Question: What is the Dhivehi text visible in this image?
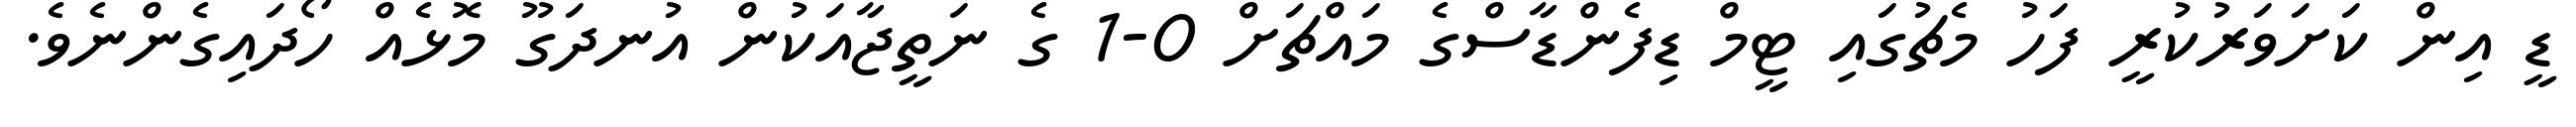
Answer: ޑީ އިން ކަށަވަރުކުރީ ފަހު މެޗުގައި ޓީމް ޑިފެންޑާސްގެ މައްޗަށް 0-1 ގެ ނަތީޖާއަކުން އުނދަގޫ މޮޅެއް ހޯދައިގެންނެވެ.